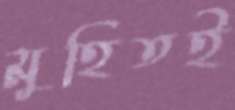
মুহিতই